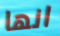
انها